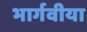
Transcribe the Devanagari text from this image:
भार्गवीया